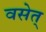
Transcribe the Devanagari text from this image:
वसेत्